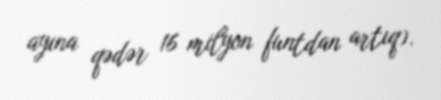
ayına qədər 16 milyon funtdan artıq).